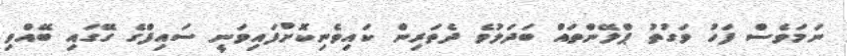
ނަމަވެސް ފަހު ވަގުތު ޕްލޭންތައް ބަދަލުވެ ދެތަރިން ކައިވެނިކޮށްފައިވަނީ ސައިފްގެ ގޭގައި ބޭއްވި